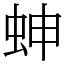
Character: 𧊋